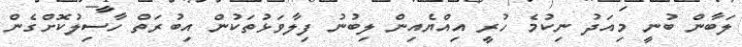
ލަބާން ބުނީ މިއަދު ނިކުމެ ހުރީ އިއްޔެއިން ލިބުނު ފިލާވަޅުތަކުން އިބުރަތް ހާސިލުކޮށްގެން